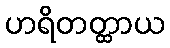
ဟရိတတ္ထာယ